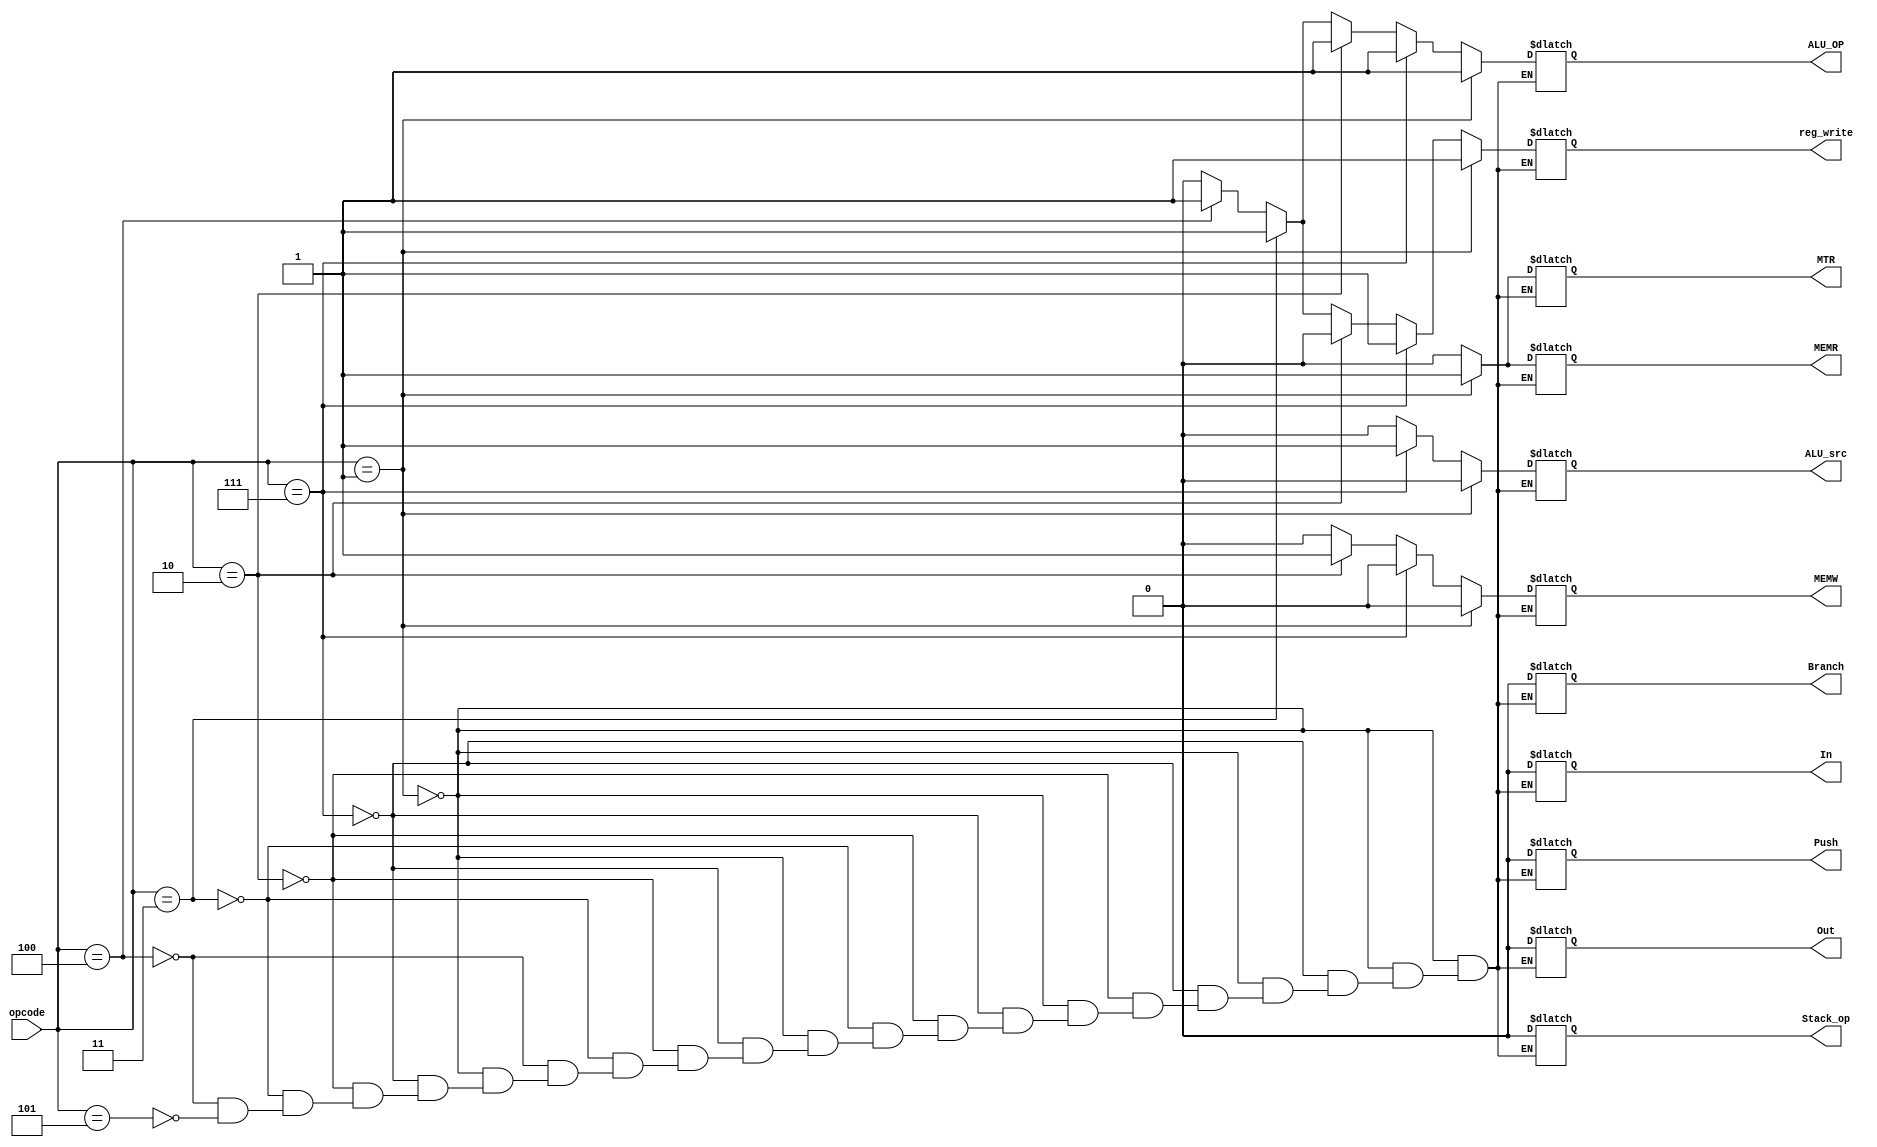
module CU(
opcode,
ALU_OP,
ALU_src,
MEMW,
MEMR,
MTR,
reg_write,
Branch,
In,
Out,
Stack_op,
Push
);
input [2:0] opcode;

output reg ALU_OP,ALU_src,MEMW,MEMR,MTR,reg_write,Branch,In,Out,Stack_op,Push;

always @ (*) begin
  if(opcode == 3'b001) begin   
//LDD
    ALU_OP=1'b1;
    ALU_src=1'b0;
    MEMW=1'b0;
    MEMR=1'b1;
    MTR=1'b1;
    reg_write=1'b1;

    Branch=1'b0;
    In=1'b0;
    Out=1'b0;
    Stack_op=1'b0;
    Push=1'b0;

  end
  else if(opcode == 3'b111) begin
  //LDM
    ALU_OP=1'b1;
    ALU_src=1'b1;
    MEMW=1'b0;
    MEMR=1'b0;
    MTR=1'b0;
    reg_write=1'b1;

    Branch=1'b0;
    In=1'b0;
    Out=1'b0;
    Stack_op=1'b0;
    Push=1'b0;

  end
  else if(opcode == 3'b010) begin
//STD
    ALU_OP=1'b1;
    ALU_src=1'b0;
    MEMW=1'b1;
    MEMR=1'b0;
    MTR=1'b0;
    reg_write=1'b0;

    Branch=1'b0;
    In=1'b0;
    Out=1'b0;
    Stack_op=1'b0;
    Push=1'b0;

  end  
  else if(opcode == 3'b011) begin
//ADD
    ALU_OP=1'b1;
    ALU_src=1'b0;
    MEMW=1'b0;
    MEMR=1'b0;
    MTR=1'b0;
    reg_write=1'b1;

    Branch=1'b0;
    In=1'b0;
    Out=1'b0;
    Stack_op=1'b0;
    Push=1'b0;

  end
  else if(opcode == 3'b100) begin
//NOT
    ALU_OP=1'b1;
    ALU_src=1'b0;
    MEMW=1'b0;
    MEMR=1'b0;
    MTR=1'b0;
    reg_write=1'b1;

    Branch=1'b0;
    In=1'b0;
    Out=1'b0;
    Stack_op=1'b0;
    Push=1'b0;

  end
  else if(opcode == 3'b101) begin
//NOP
    ALU_OP=1'b0;
    ALU_src=1'b0;
    MEMW=1'b0;
    MEMR=1'b0;
    MTR=1'b0;
    reg_write=1'b0;

    Branch=1'b0;
    In=1'b0;
    Out=1'b0;
    Stack_op=1'b0;
    Push=1'b0;
  end

end

endmodule